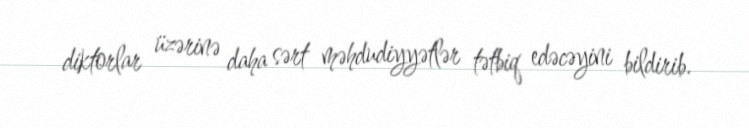
diktorlar üzərinə daha sərt məhdudiyyətlər tətbiq edəcəyini bildirib.